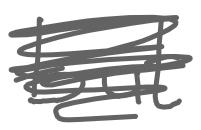
Text: but
Cross-out: scratch
Writing tool: digital_gray